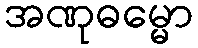
အဏုဓမ္မော